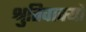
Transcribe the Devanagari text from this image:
श्रुतिवाक्यों